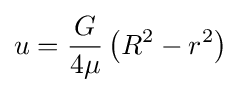
u={\frac {G}{4\mu }}\left(R^{2}-r^{2}\right)